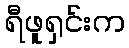
ရီဖူရှင်းက